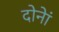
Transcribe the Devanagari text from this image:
दोनेां